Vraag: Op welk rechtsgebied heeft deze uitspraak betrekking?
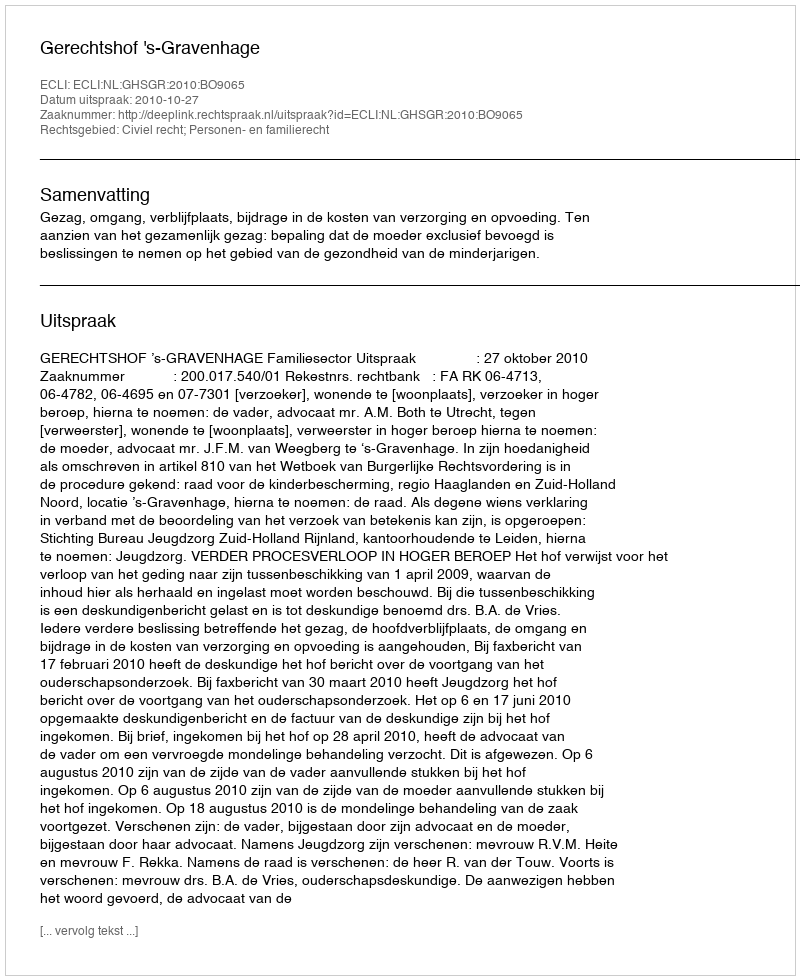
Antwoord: Civiel recht; Personen- en familierecht